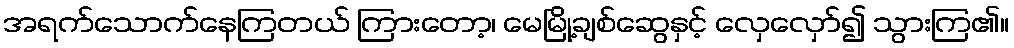
အရက်သောက်နေကြတယ် ကြားတော့၊ မေမြို့ချစ်ဆွေနှင့် လှေလှော်၍ သွားကြ၏။